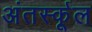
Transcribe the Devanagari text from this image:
अंतर्स्कूल